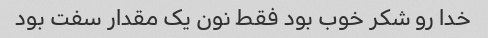
خدا رو شکر خوب بود فقط نون یک مقدار سفت بود